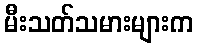
မီးသတ်သမားများက